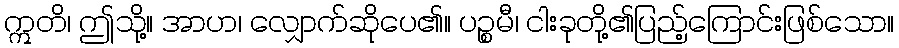
ဣတိ၊ ဤသို့။ အာဟ၊ လျှောက်ဆိုပေ၏။ ပဉ္စမီ၊ ငါးခုတို့၏ပြည့်ကြောင်းဖြစ်သော။